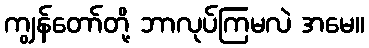
ကျွန်တော်တို့ ဘာလုပ်ကြမလဲ အမေ။